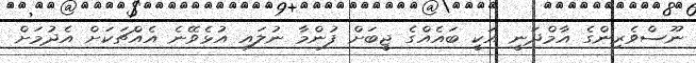
ނޫސްވެރިންގެ އާމްދަނީ އަކީ ބައެއްގެ ޖީބަށް ފުންމާ ނުލައި އުޅެވޭނެ އެއްޗަކަށް އެދުމަށް